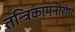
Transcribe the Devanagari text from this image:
तन्त्रिकामनोरोग